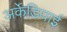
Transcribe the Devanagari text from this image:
अर्केडियाई